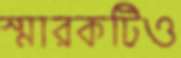
স্মারকটিও